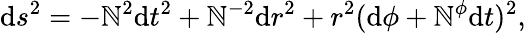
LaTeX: \mathrm{d}s^{2}=-\mathbb{N}^{2}\mathrm{d}t^{2}+\mathbb{N}^{-2}\mathrm{d}r^{2}+r^{2}(\mathrm{d}\phi+\mathbb{N}^{\phi}\mathrm{d}t)^{2},